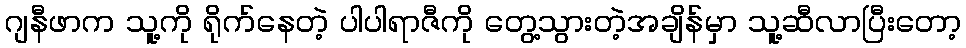
ဂျနီဖာက သူ့ကို ရိုက်နေတဲ့ ပါပါရာဇီကို တွေ့သွားတဲ့အချိန်မှာ သူ့ဆီလာပြီးတော့